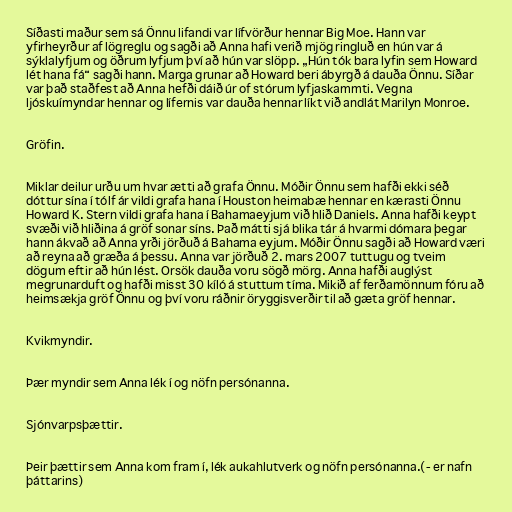
Síðasti maður sem sá Önnu lifandi var lífvörður hennar Big Moe. Hann var
yfirheyrður af lögreglu og sagði að Anna hafi verið mjög ringluð en hún var á
sýklalyfjum og öðrum lyfjum því að hún var slöpp. „Hún tók bara lyfin sem Howard
lét hana fá“ sagði hann. Marga grunar að Howard beri ábyrgð á dauða Önnu. Síðar
var það staðfest að Anna hefði dáið úr of stórum lyfjaskammti. Vegna
ljóskuímyndar hennar og lífernis var dauða hennar líkt við andlát Marilyn Monroe.

Gröfin.

Miklar deilur urðu um hvar ætti að grafa Önnu. Móðir Önnu sem hafði ekki séð
dóttur sína í tólf ár vildi grafa hana í Houston heimabæ hennar en kærasti Önnu
Howard K. Stern vildi grafa hana í Bahamaeyjum við hlið Daniels. Anna hafði keypt
svæði við hliðina á gröf sonar síns. Það mátti sjá blika tár á hvarmi dómara þegar
hann ákvað að Anna yrði jörðuð á Bahama eyjum. Móðir Önnu sagði að Howard væri
að reyna að græða á þessu. Anna var jörðuð 2. mars 2007 tuttugu og tveim
dögum eftir að hún lést. Orsök dauða voru sögð mörg. Anna hafði auglýst
megrunarduft og hafði misst 30 kíló á stuttum tíma. Mikið af ferðamönnum fóru að
heimsækja gröf Önnu og því voru ráðnir öryggisverðir til að gæta gröf hennar.

Kvikmyndir.

Þær myndir sem Anna lék í og nöfn persónanna.

Sjónvarpsþættir.

Þeir þættir sem Anna kom fram í, lék aukahlutverk og nöfn persónanna.(- er nafn
þáttarins)